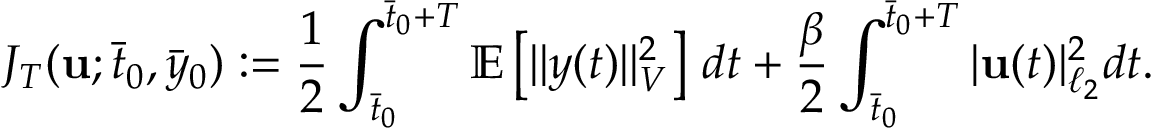
J _ { T } ( \mathbf { u } ; \bar { t } _ { 0 } , \bar { y } _ { 0 } ) : = \frac { 1 } { 2 } \int _ { \bar { t } _ { 0 } } ^ { \bar { t } _ { 0 } + T } \mathbb { E } \left[ \| y ( t ) \| _ { V } ^ { 2 } \right] \, d t + \frac { \beta } { 2 } \int _ { \bar { t } _ { 0 } } ^ { \bar { t } _ { 0 } + T } | \mathbf { u } ( t ) | _ { \ell _ { 2 } } ^ { 2 } d t .